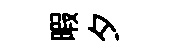
暇夕